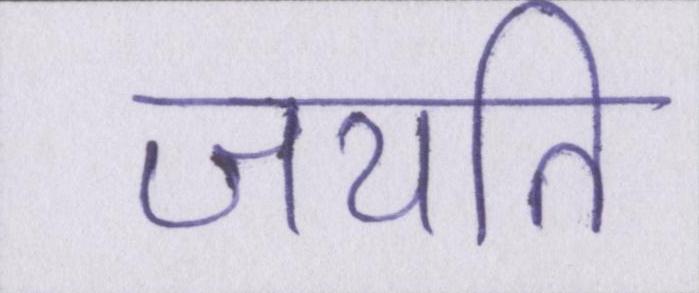
जयति